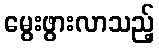
မွေးဖွားလာသည့်